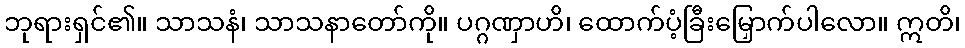
ဘုရားရှင်၏။ သာသနံ၊ သာသနာတော်ကို။ ပဂ္ဂဏှာဟိ၊ ထောက်ပံ့ခြီးမြှောက်ပါလော။ ဣတိ၊